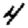
Digit: 4